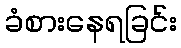
ခံစားနေရခြင်း